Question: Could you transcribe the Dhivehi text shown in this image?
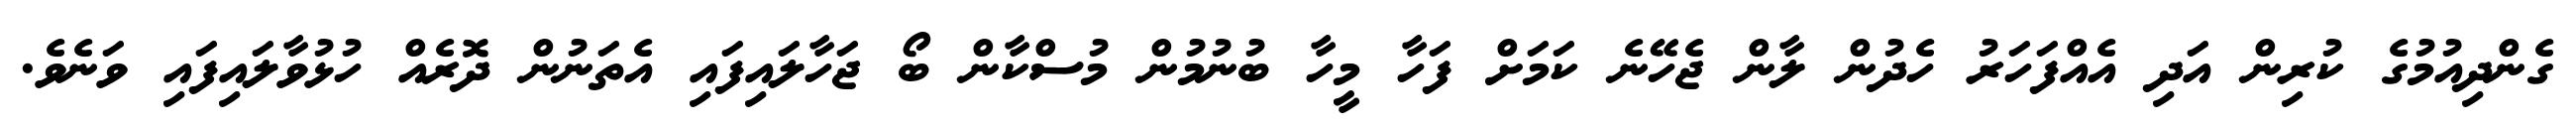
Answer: ގެންދިއުމުގެ ކުރިން އަދި އެއްފަހަރު ހެދުން ލާން ޖެހޭނެ ކަމަށް ފަހާ މީހާ ބުނުމުން މުސްކާން ބޯ ޖަހާލައިފައި އެތަނުން ދޮރެއް ހުޅުވާލައިފައި ވަނެވެ.